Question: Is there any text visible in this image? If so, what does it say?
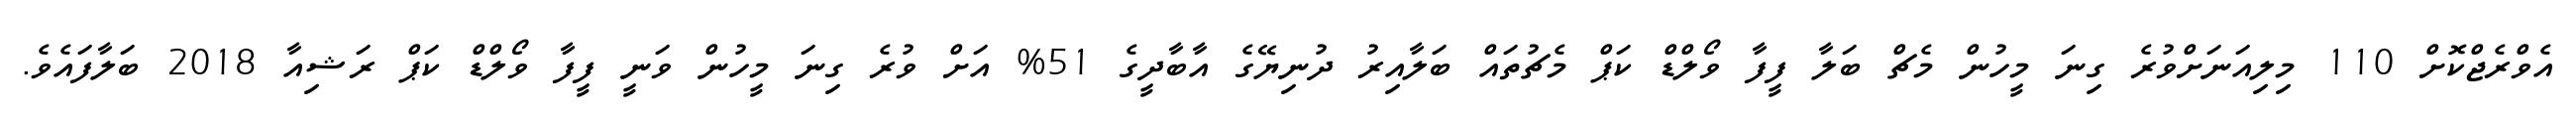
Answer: އެވްރެޖްކޮށް 110 މިލިއަނަށްވުރެ ގިނަ މީހުން މެޗް ބަލާ ފީފާ ވޯލްޑް ކަޕް މެޗުތައް ބަލާއިރު ދުނިޔޭގެ އާބާދީގެ 51% އަށް ވުރެ ގިނަ މީހުން ވަނީ ފީފާ ވޯލްޑް ކަޕް ރަޝިއާ 2018 ބަލާފައެވެ.